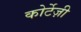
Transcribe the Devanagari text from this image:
कोर्टेज़ी